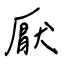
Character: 厭